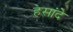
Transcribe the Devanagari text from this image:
हसांदे